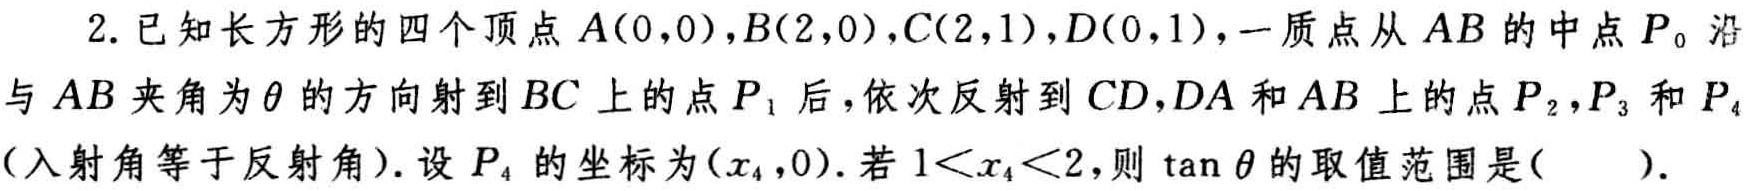
2. 已知长方形的四个顶点\(A(0,0)\)，\(B(2,0)\)，\(C(2,1)\)，\(D(0,1)\)，一质点从\(AB\)的中点\(P_0\)沿与\(AB\)夹角为\(\theta\)的方向射到\(BC\)上的点\(P_1\)后，依次反射到\(CD\)，\(DA\)和\(AB\)上的点\(P_2\)，\(P_3\)和\(P_4\)（入射角等于反射角）. 设\(P_4\)的坐标为\((x_4,0)\). 若\(1<x_4<2\)，则\(\tan\theta\)的取值范围是(  ).